Code of medical and sanitary regulations for the guidance of medical officers serving in the Madras Presidency - Volume I
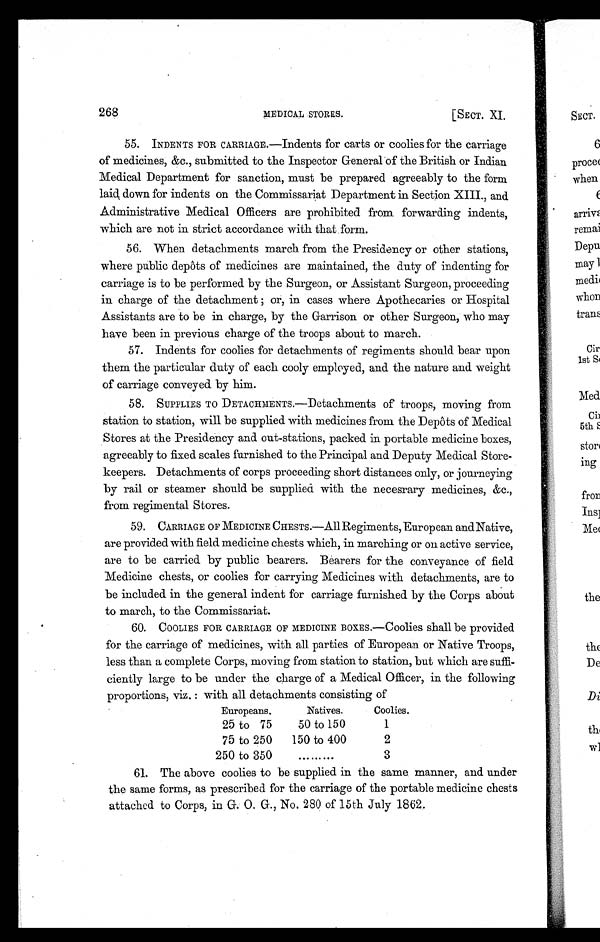
268 MEDICAL STORES. [SECT. XI.
55. INDENTS FOR CARRIAGE.—Indents for carts or coolies for the carriage
of medicines, &c., submitted to the Inspector General of the British or Indian
Medical Department for sanction, must be prepared agreeably to the form
laid down for indents on the Commissariat Department in Section XIII., and
Administrative Medical Officers are prohibited from forwarding indents,
which are not in strict accordance with that form.
56. When detachments march from the Presidency or other stations,
where public depôts of medicines are maintained, the duty of indenting for
carriage is to be performed by the Surgeon, or Assistant Surgeon, proceeding
in charge of the detachment ; or, in cases where Apothecaries or Hospital
Assistants are to be in charge, by the Garrison or other Surgeon, who may
have been in previous charge of the troops about to march.
57. Indents for coolies for detachments of regiments should bear upon
them the particular duty of each cooly employed, and the nature and weight
of carriage conveyed by him.
58. SUPPLIES TO DETACHMENTS.—Detachments of troops, moving from
station to station, will be supplied with medicines from the Depôts of Medical
Stores at the Presidency and out-stations, packed in portable medicine boxes,
agreeably to fixed scales furnished to the Principal and Deputy Medical Store-
keepers. Detachments of corps proceeding short distances only, or journeying
by rail or steamer should be supplied with the necesrary medicines, &c.,
from regimental Stores.
59. CARRIAGE OF MEDICINE CHESTS.—All Regiments, European andNative,
are provided with field medicine chests which, in marching or on active service,
are to be carried by public bearers. Bearers for the conveyance of field
Medicine chests, or coolies for carrying Medicines with detachments, are to
be included in the general indent for carriage furnished by the Corps about
to march, to the Commissariat.
60. COOLIES FOR CARRIAGE OF MEDICINE BOXES.—Coolies shall be provided
for the carriage of medicines, with all parties of European or Native Troops,
less than a complete Corps, moving from station to station, but which are suffi-
ciently large to be under the charge of a Medical Officer, in the following
proportions, viz. : with all detachments consisting of
Europeans.
Natives.
Coolies.
25 to 75
50 to 150
1
75 to 250
150 to 400
2
250 to 350
.........
3
61. The above coolies to be supplied in the same manner, and under
the same forms, as prescribed for the carriage of the portable medicine chests
attached to Corps, in G. O. G., No. 280 of 15th July 1862.